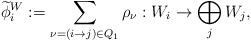
LaTeX: \begin{align*}\widetilde{\phi}_i^W := \sum_{\nu=(i\rightarrow j)\in Q_1}\rho_{\nu}: W_i \rightarrow \bigoplus_j W_j, \end{align*}